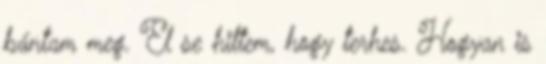
bántam meg. El se hittem, hogy terhes. Hogyan is